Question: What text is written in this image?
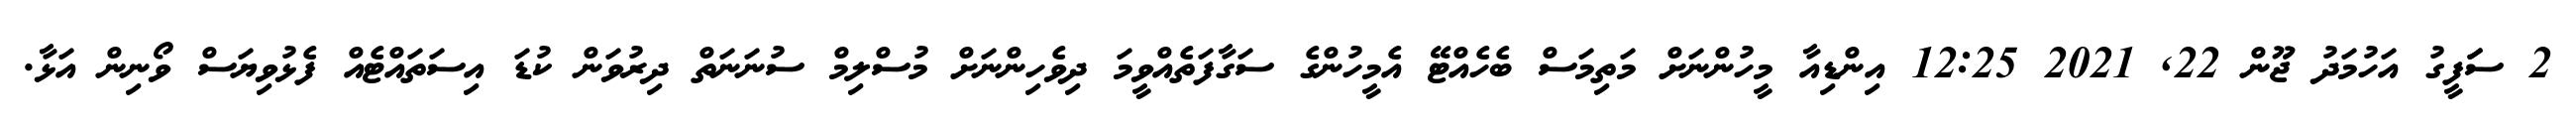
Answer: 2 ސަަފީގު އަހުމަދު ޖޫން 22, 2021 12:25 އިންޑިއާ މީހުންނަށް މަތިމަސް ބެހެއްޓޭ އެމީހުންގެ ސަގާފަތެއްވީމަ ދިވެހިންނަށް މުސްލިމް ސުނަނަތް ދިރުވަން ކުޑަ އިސަތައްޓެއް ފެޅުވިޔަސް ވޯނިން އަޅާ.